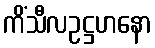
ကိံသီလဥဋ္ဌဟနော